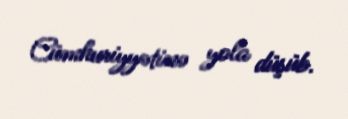
Cümhuriyyətinə yola düşüb.